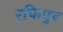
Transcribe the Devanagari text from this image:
रफिपुर